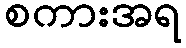
စကားအရ